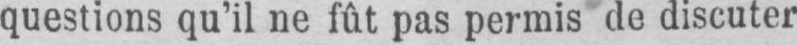
questions qu’il ne fût pas permis de discuter